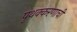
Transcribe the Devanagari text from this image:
पृथक्करणाची